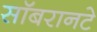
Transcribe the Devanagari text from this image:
सॉबरानटे